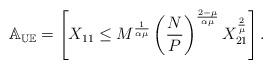
LaTeX: \begin{align*}\mathbb{A_{UE}}=\left[X_{11}\leq M^{\frac{1}{\alpha\mu}}\left(\frac{N}{P}\right)^{\frac{2-\mu}{\alpha\mu}}X_{21}^{\frac{2}{\mu}}\right].\end{align*}